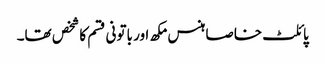
پائلٹ خاصا ہنس مکھ اور باتونی قسم کا شخص تھا۔